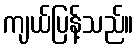
ကျယ်ပြန့်သည်။